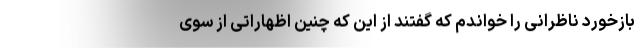
بازخورد ناظرانی را خواندم که گفتند از این که چنین اظهاراتی از سوی